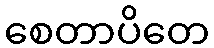
စေတာပိတေ